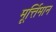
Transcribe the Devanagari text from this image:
मूर्त्तिमान